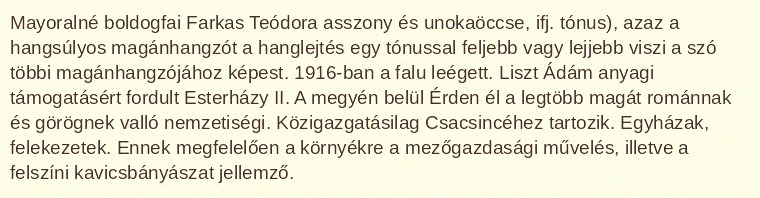
Mayoralné boldogfai Farkas Teódora asszony és unokaöccse, ifj. tónus), azaz a hangsúlyos magánhangzót a hanglejtés egy tónussal feljebb vagy lejjebb viszi a szó többi magánhangzójához képest. 1916-ban a falu leégett. Liszt Ádám anyagi támogatásért fordult Esterházy II. A megyén belül Érden él a legtöbb magát románnak és görögnek valló nemzetiségi. Közigazgatásilag Csacsincéhez tartozik. Egyházak, felekezetek. Ennek megfelelően a környékre a mezőgazdasági művelés, illetve a felszíni kavicsbányászat jellemző.